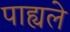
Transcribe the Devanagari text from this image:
पाह्यले